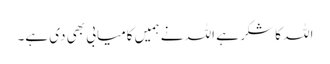
اللہ کا شکر ہے اللہ نے ہمیں کامیابی بھی دی ہے۔